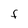
Character: F